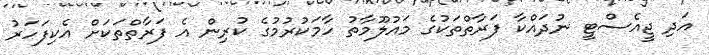
އަދި ޖީއެސްޓީ ނުދައްކާ ފަރާތްތަކުގެ މައުލޫމާތު ހާމަކުރުމުގެ ކުރިން އެ ފަރާތްތަކަށް އެކިފަހަރު